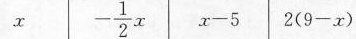
x - \frac{1}{2}x $$x - 5$$ $$2 ( 9 - x )$$